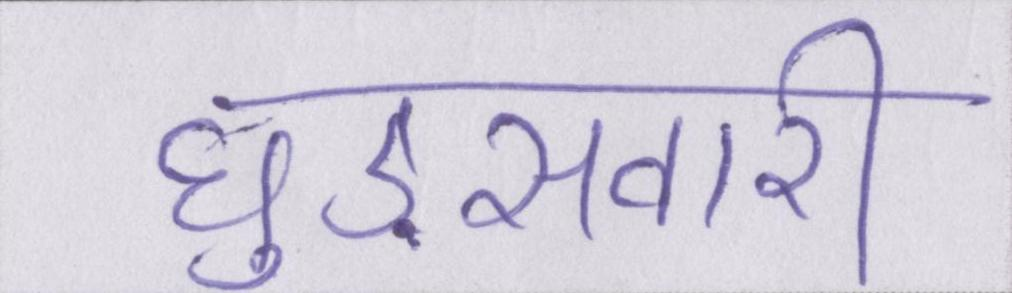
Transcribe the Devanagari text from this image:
घुड़सवारी